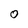
Character: O